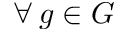
\forall \, g \in G